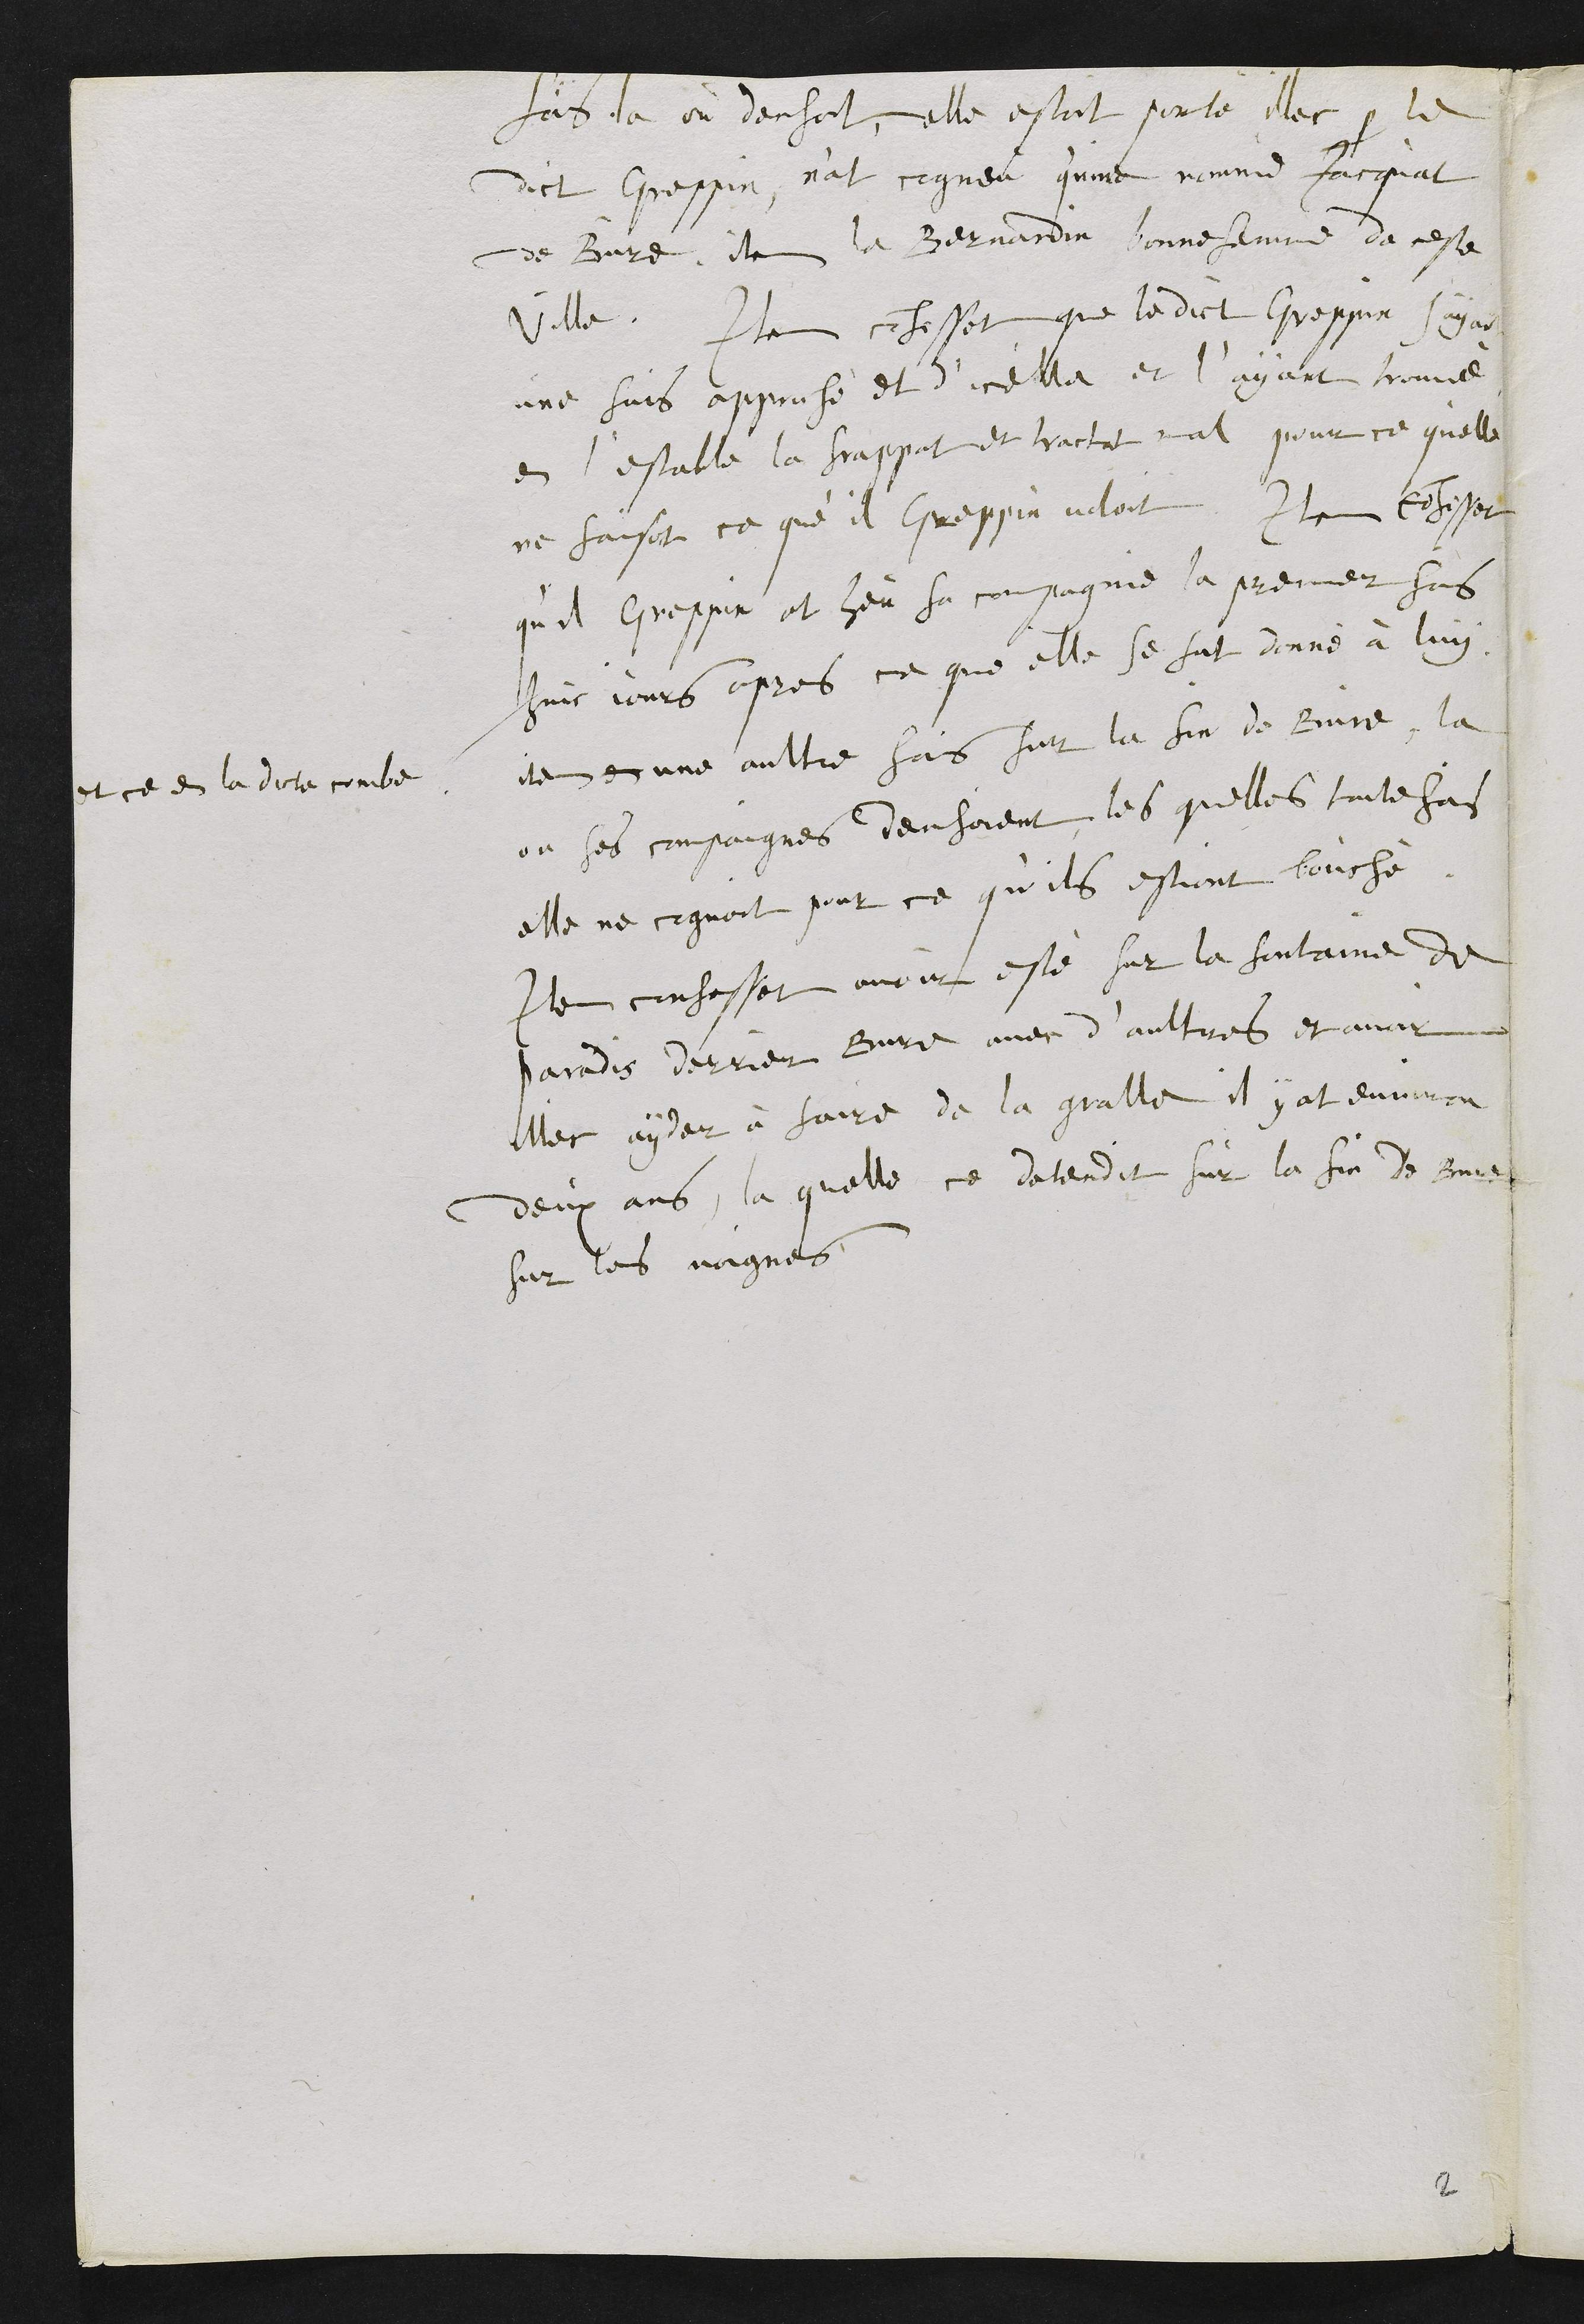
fois la ou dansoit, elle estoit porté illec par le
dict Greppin, n'at regneu q'uine nomme Jacquat
de Bure, item la Bernardin donne femme de ceste
Ville. Item confessat que le dict Greppin s'ayant
une fois approché et dicelle et l’ayant trouvé
en l'estable la frappat et tractat mal pour ce qu'elle
ne faisoit ce que'il Greppin voloit. Item confessat
qu'il Greppin at heu sa compagnie la premier fois
huiz jours apres ce que elle se fut donné à luy.
item en une aultre fois sur la fin de Burre,
et ce en ladicte combe
la
ou ses compaignes densoient, les quelles toutefois
elle ne cognoit pour ce qu'ils estoient bouché
Item confessat avoir esté sur la fontaine de
paradis derrier Bure avec d’aultres et avoir
illec ayder à faire de la gralle il y at environ
deux ans, la quelle ce detendit sur la fin de Bure
sur les voignes.
2